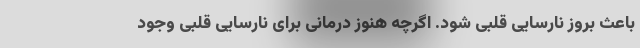
باعث بروز نارسایی قلبی شود. اگرچه هنوز درمانی برای نارسایی قلبی وجود